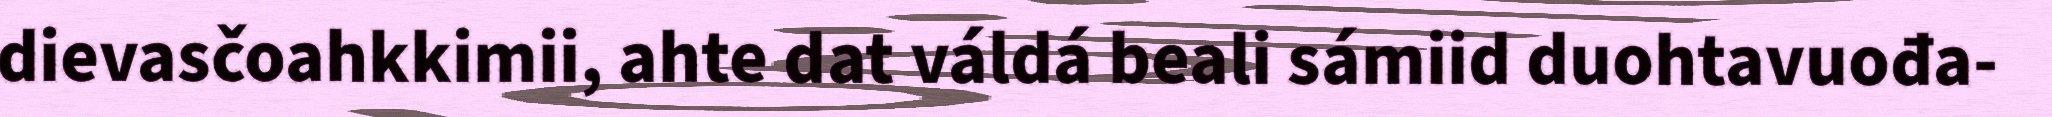
dievasčoahkkimii, ahte dat váldá beali sámiid duohtavuođa-